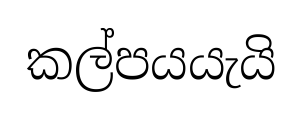
කල්පයයැයි